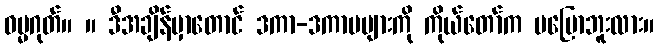
ဓမ္မဂုတ်။ ။ ဒီအချိန်မှာတောင် ဒကာ-ဒကာမများကို ကိုယ်တော်က မပြောဘူးလား။